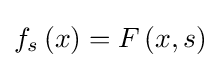
f_{s}\left(x\right)=F\left(x,s\right)